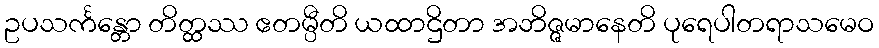
ဥပသင်္ကန္တော တိတ္ထဿ ဧတမ္ပီတိ ယထာဌိတာ အဘိဇ္ဇမာနေတိ ပုရေပါတရာသမေဝ